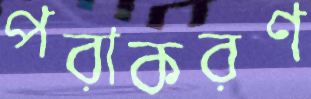
পরাকরণ